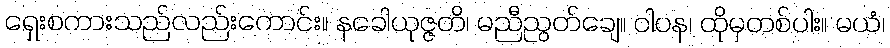
ရှေးစကားသည်လည်းကောင်း။ နခေါယုဇ္ဇတိ၊ မညီညွတ်ချေ။ ဝါပန၊ ထိုမှတစ်ပါး။ မယံ၊